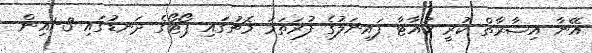
އޭނާ އިޝާރާތް ކުރީ ކުއާޓާ ފައިނަލުގެ ފުރަތަމަ މެޗުގައި ޕޯޓޯގެ ދަނޑުގައި 3-1އިން